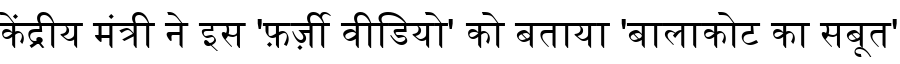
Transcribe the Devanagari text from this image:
केंद्रीय मंत्री ने इस 'फ़र्ज़ी वीडियो' को बताया 'बालाकोट का सबूत'